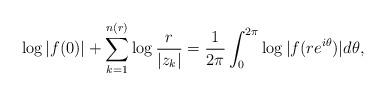
LaTeX: \begin{align*}\log|f(0)|+\sum^{n(r)}_{k=1}\log{\frac{r}{|z_k|}}=\frac{1}{2\pi}\int^{2\pi}_0\log{|f(re^{i\theta})|d \theta},\end{align*}